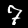
Digit: 7